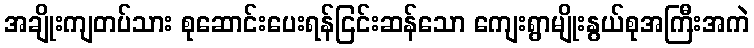
အချိုးကျတပ်သား စုဆောင်းပေးရန်ငြင်းဆန်သော ကျေးရွာမျိုးနွယ်စုအကြီးအကဲ